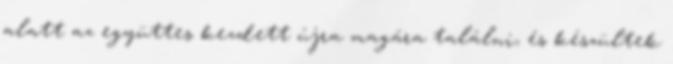
alatt az együttes kezdett újra magára találni, és készültek